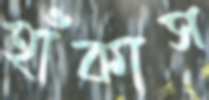
হাঁকাস